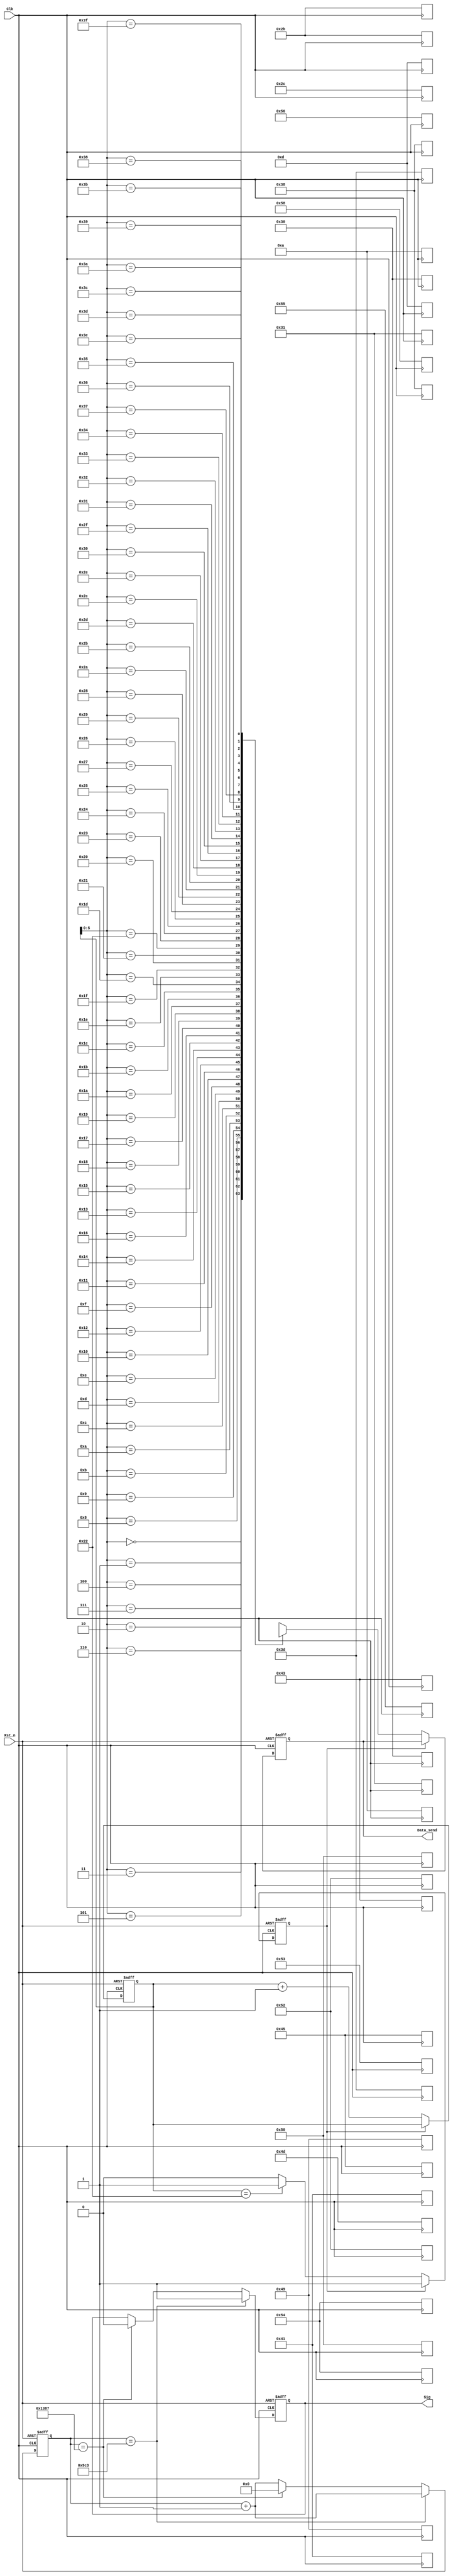
module esp8266(Clk,Rst_n,Sig,Data_send);
input Clk,Rst_n;
output Sig;
output [7:0]Data_send;

reg [7:0]data_send;

reg [7:0] memo[63:0];
//AT+CIPMUX=1
always@(posedge Clk)begin
	memo[0]<=8'h41; //   A
	memo[1]<=8'h54; //   T
	memo[2]<=8'h2b; //   +
	memo[3]<=8'h43; //	C
	memo[4]<=8'h49; //	I
	memo[5]<=8'h50; //	P
	memo[6]<=8'h4d; //	M
	memo[7]<=8'h55; //	U
	memo[8]<=8'h58; //	X
	memo[9]<=8'h3d; //	=
	memo[10]<=8'h31;//   1
	memo[11]<=8'h0d;//   
	memo[12]<=8'h0a;//	
	
	memo[13]<=8'h41;//	A
	memo[14]<=8'h54;//	T
	memo[15]<=8'h2b;//	+
	memo[16]<=8'h43;//	C
	memo[17]<=8'h49;//	I
	memo[18]<=8'h50;//	P
	memo[19]<=8'h53;//	S
	memo[20]<=8'h45;//	E
	memo[21]<=8'h52;//	R
	memo[22]<=8'h56;//	V
	memo[23]<=8'h45;//	E
	memo[24]<=8'h52;//	R
	memo[25]<=8'h3d;//	=
	memo[26]<=8'h31;//	1
	memo[27]<=8'h2c;//	,
	memo[28]<=8'h38;//	8
	memo[29]<=8'h30;//	0
	memo[30]<=8'h38;//	8
	memo[31]<=8'h30;//	0
	memo[32]<=8'h0d;//
	memo[33]<=8'h0a;//
//	
//	memo[]<=8'h;
end

reg flag;
reg [15:0]i;
always@(posedge Clk or negedge Rst_n)begin
		if(!Rst_n)begin
				data_send <=8'd0;
				flag <= 0;
				i <= 0;
			end
		else begin
				if(!flag)begin
					data_send <=memo[i];
					i <= i + 1;
					if(i==34)flag<=1;
					else flag<=0;
				end
			end
end

///////////////////////////////////
// 
///////////////////////////////////
reg sig;
reg [23:0]cnt;
always@(posedge Clk or negedge Rst_n)begin
		if(!Rst_n)begin
				sig <= 1'b0;
				cnt <= 15'd0;
			end
		else if(cnt == 24'd2500 -1)begin
				sig <= 1'b1;
				cnt <= cnt + 1'b1;
			end
		else if(cnt == 24'd5000 -1)begin
				sig <= 1'b0;
				cnt <= 24'd0;
			end
		else begin
				cnt <= cnt + 1'b1;
			end
end	
		
assign Sig=sig;	
assign Data_send[7:0]=data_send[7:0];


endmodule